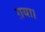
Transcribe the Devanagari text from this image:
ग़या।